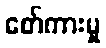
စော်ကားမှု